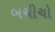
બચીચો